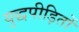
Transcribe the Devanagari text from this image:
युद्धपीड़ितों